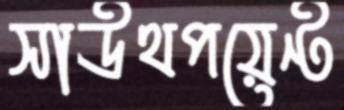
সাউথপয়েন্ট